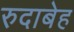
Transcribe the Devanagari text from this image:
रुदाबेह